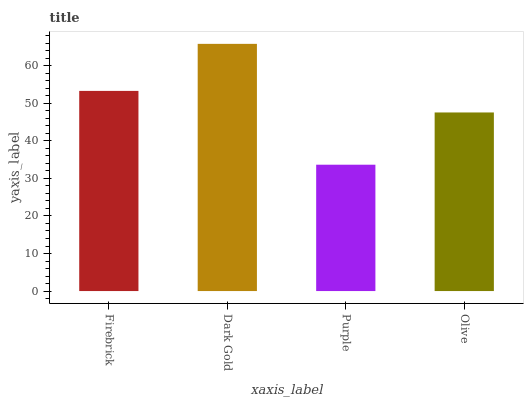
| xaxis_label | bars |
 | --- | --- |
 | Firebrick | 53.3 |
 | Dark Gold | 65.8 |
 | Purple | 33.7 |
 | Olive | 47.6 |